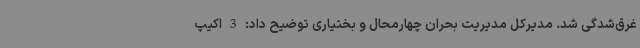
غرق‌شدگی شد. مدیرکل مدیریت بحران چهارمحال و بختیاری توضیح داد: 3 اکیپ